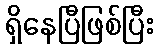
ရှိနေပြီဖြစ်ပြီး